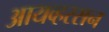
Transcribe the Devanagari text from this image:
आयव्हरसन